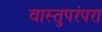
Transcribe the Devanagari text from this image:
वास्तुपरंपरा